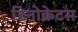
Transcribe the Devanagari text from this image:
डिनोक्रेटस